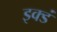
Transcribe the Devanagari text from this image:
इक्डं